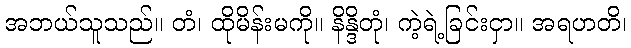
အဘယ်သူသည်။ တံ၊ ထိုမိန်းမကို။ နိန္ဒိတုံ၊ ကဲ့ရဲ့ခြင်းငှာ။ အရဟတိ၊